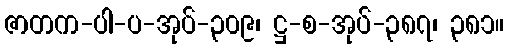
ဇာတက-ပါ-ပ-အုပ်-၃၀၉၊ ဋ္ဌ-စ-အုပ်-၃၈၇၊ ၃၈၁။